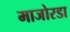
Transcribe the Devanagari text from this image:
माजोरडा